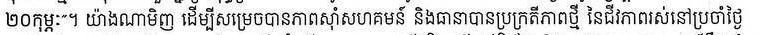
២០កុម្ភៈ។ យ៉ាងណាមិញ ដើម្បីសម្រេចបានភាពស៊ាំសហគមន៍ និងធានាបានប្រក្រតីភាពថ្មី នៃជីវភាពរស់នៅប្រចាំថ្ងៃ